Document type: Emphyteutic lease
Year: 1295
Scribe: Pere de Noguera, prevere
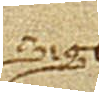
Sig